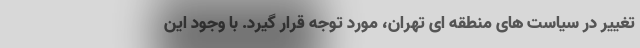
تغییر در سیاست های منطقه ای تهران، مورد توجه قرار گیرد. با وجود این